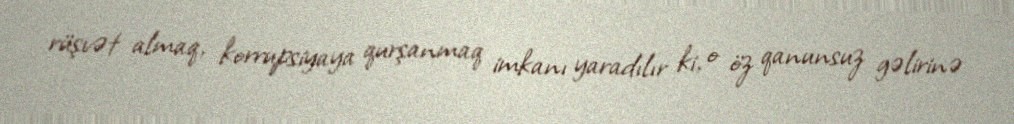
rüşvət almaq, korrupsiyaya qurşanmaq imkanı yaradılır ki, o öz qanunsuz gəlirinə